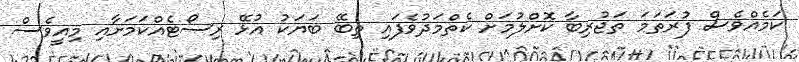
ކަމެއްވެސް ފުރަތަމަ ތަޖުރިބާ ކޮށްލުމަށް ކެތްމަދުވެފައި ތިބޭ ބަޔަކު އުޅޭ ރިސޯޓެއްކަމަށާއި މިއީވެސް